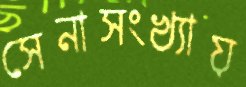
সেনাসংখ্যায়